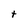
Character: t